Indian journal of veterinary science and animal husbandry - Volume 12,
Year: 1942
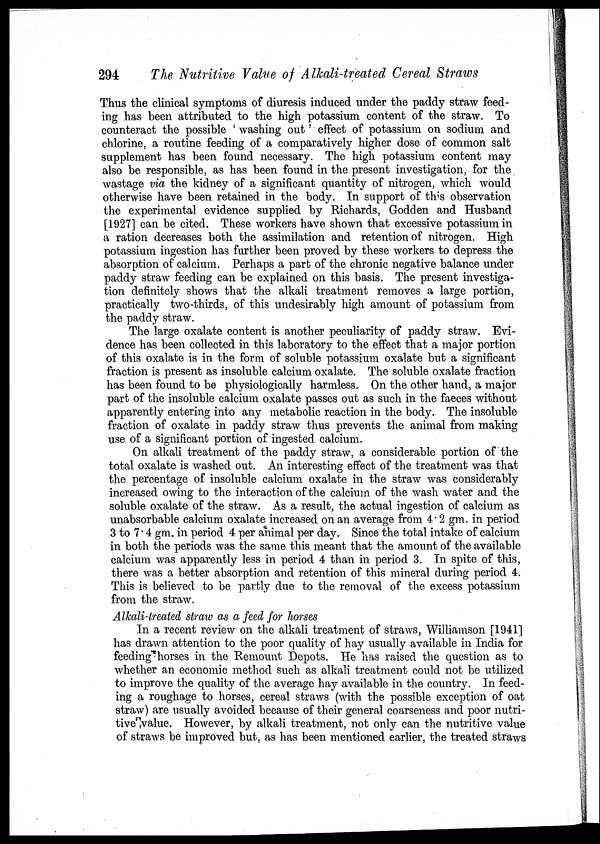
294
The Nutritive Value of Alkali-treated Cereal Straws
Thus the clinical symptoms of diuresis induced under the paddy straw feed-
ing has been attributed to the high potassium content of the straw. To
counteract the possible ' washing out' effect of potassium on sodium and
chlorine, a routine feeding of a comparatively higher dose of common salt
supplement has been found necessary. The high potassium content may
also be responsible, as has been found in the present investigation, for the
wastage via the kidney of a significant quantity of nitrogen, which would
otherwise have been retained in the body. In support of this observation
the experimental evidence suppli ed by Richards, Godden and Husband
[1927] can be cited. These workers have shown that excessive potassium in
a ration decreases both the assimilation and retention of nitrogen. High
potassium ingestion has further been proved by these workers to depress the
absorption of calcium. Perhaps a part of the chronic negative balance under
paddy straw feeding can be explained on this basis. The present investiga-
tion definitely shows that the alkali treatment removes a large portion,
practically two-thirds, of this undesirably high amount of potassium from
the paddy straw.
The large oxalate content is another peculiarity of paddy straw. Evi-
dence has been collected in this laboratory to the effect that a major portion
of this oxalate is in the form of soluble potassium oxalate but a significant
fraction is present as insoluble calcium oxalate. The soluble oxalate fraction
has been found to be physiologically harmless. On the other hand, a major
part of the insoluble calcium oxalate passes out as such in the faeces without
apparently entering into any metabolic reaction in the body. The insoluble
fraction of oxalate in paddy straw thus prevents the animal from making
use of a significant portion of ingested calcium.
On alkali treatment of the paddy straw, a considerable portion of the
total oxalate is washed out. An interesting effect of the treatment was that
the percentage of insoluble calcium oxalate in the straw was considerably
increased owing to the interaction of the calcium of the wash water and the
soluble oxalate of the straw. As a result, the actual ingestion of calcium as
unabsorbable calcium oxalate increased on an average from 4.2 gm. in period
3 to 7.4 gm. in period 4 per animal per day. Since the total intake of calcium
in both the periods was the same this meant that the amount of the available
calcium was apparently less in period 4 than in period 3. In spite of this,
there was a better absorption and retention of this mineral during period 4.
This is believed to be partly due to the removal of the excess potassium
from the straw.
Alkali-treated straw as a feed for horses
In a recent review on the alkali treatment of straws, Williamson [1941]
has drawn attention to the poor quality of hay usually available in India for
feeding horses in the Remount Depots. He has raised the question as to
whether an economic method such as alkali treatment could not be utilized
to improve the quality of the average hay available in the country. In feed-
ing a roughage to horses, cereal straws (with the possible exception of oat
straw) are usually avoided because of their general coarseness and poor nutri-
tive value. However, by alkali treatment, not only can the nutritive value
of straws be improved but, as has been mentioned earlier, the treated straws